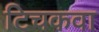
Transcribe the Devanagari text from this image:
टिचकवा